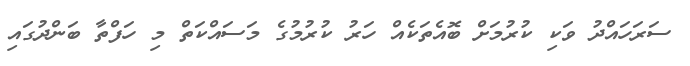
ސަރަހައްދު ވަކި ކުރުމަށް ބޮއެތަކެއް ހަރު ކުރުމުގެ މަސައްކަތް މި ހަފްތާ ބަންދުގައި